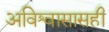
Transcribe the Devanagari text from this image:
अविश्वासासही